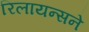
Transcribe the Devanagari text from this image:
रिलायन्सने